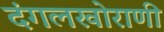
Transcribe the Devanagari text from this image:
दंगलखोराणी